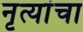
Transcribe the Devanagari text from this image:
नृत्यांचा